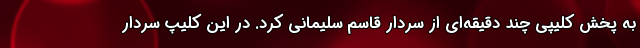
به پخش کلیپی چند دقیقه‌ای از سردار قاسم سلیمانی کرد. در این کلیپ سردار